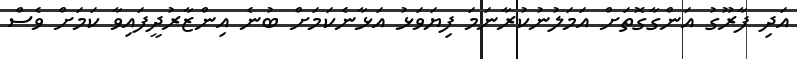
އަދި ފާރޫގު އަންގާގޮތަށް އަމަލުނުކުރާނަމަ ފިޔަވަޅު އަޅާނެކަމަށް ބުނެ އިންޒާރުދީފައިވާ ކަމަށް ވެސް